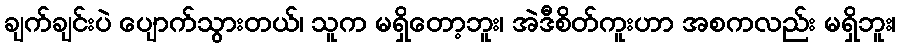
ချက်ချင်းပဲ ပျောက်သွားတယ်၊ သူက မရှိတော့ဘူး၊ အဲဒီစိတ်ကူးဟာ အစကလည်း မရှိဘူး၊